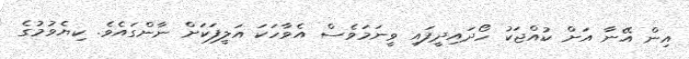
އިން އޭނާ އަށް ކުއްޖަކު ހޯދައިދީފައި ވީނަމަވެސް އެވާހަކަ އަލީފަކަށް ނާންގައެވެ. ކިޔެވުމުގެ